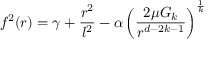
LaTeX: f ^ { 2 } ( r ) = \gamma + \frac { r ^ { 2 } } { l ^ { 2 } } - \alpha \left( \frac { 2 \mu G _ { k } } { r ^ { d - 2 k - 1 } } \right) ^ { \frac { 1 } { k } }